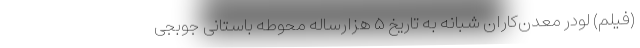
(فیلم) لودر معدن‌کاران شبانه به تاریخ ۵ هزارساله محوطه باستانی جوبجی